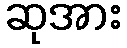
ဆုအား